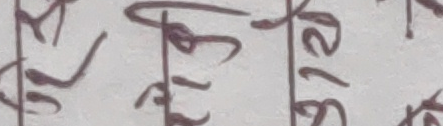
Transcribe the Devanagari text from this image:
चि को १ ब
२ १ २ ५
० ५ ४ ४
७ ० ६